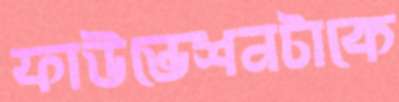
ফাউন্ডেশনটাকে